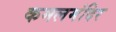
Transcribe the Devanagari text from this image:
कमलमंदिर